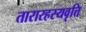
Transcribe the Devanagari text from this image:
तारारहस्यवृत्ति